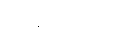
အဘိရုဟိံသု